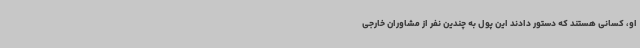
او، کسانی هستند که دستور دادند این پول به چندین نفر از مشاوران خارجی